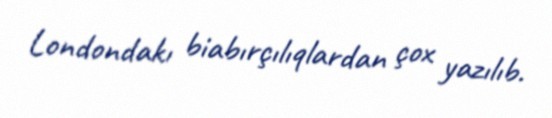
Londondakı biabırçılıqlardan çox yazılıb.